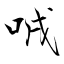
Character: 㖅